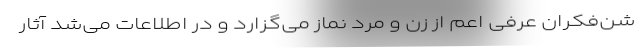
شن‌فکران عرفی اعم از زن و مرد نماز می‌گزارد و در اطلاعات می‌شد آثار